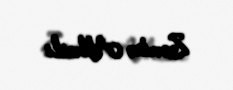
Zəminə Abbaslı